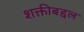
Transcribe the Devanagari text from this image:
शक्तीबद्दल